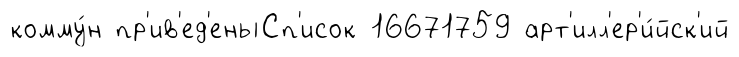
комму́н пр'ив'ед'еныСп'исок 16671759 арт'илл'ер'и́йск'ий